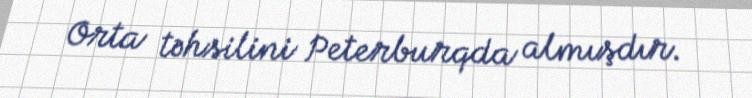
Orta təhsilini Peterburqda almışdır.